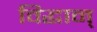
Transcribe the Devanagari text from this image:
विद्धान्‌